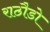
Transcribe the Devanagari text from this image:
राठौडो